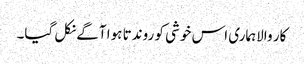
کار والاہماری اس خوشی کو روندتا ہوا آگے نکل گیا۔